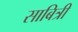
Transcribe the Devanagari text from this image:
साबित्री